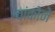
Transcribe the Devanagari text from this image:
चांकोने